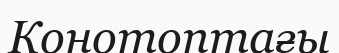
Конотоптағы